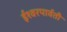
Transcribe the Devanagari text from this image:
ईश्वरपार्वती